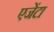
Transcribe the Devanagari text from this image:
एजेंटा